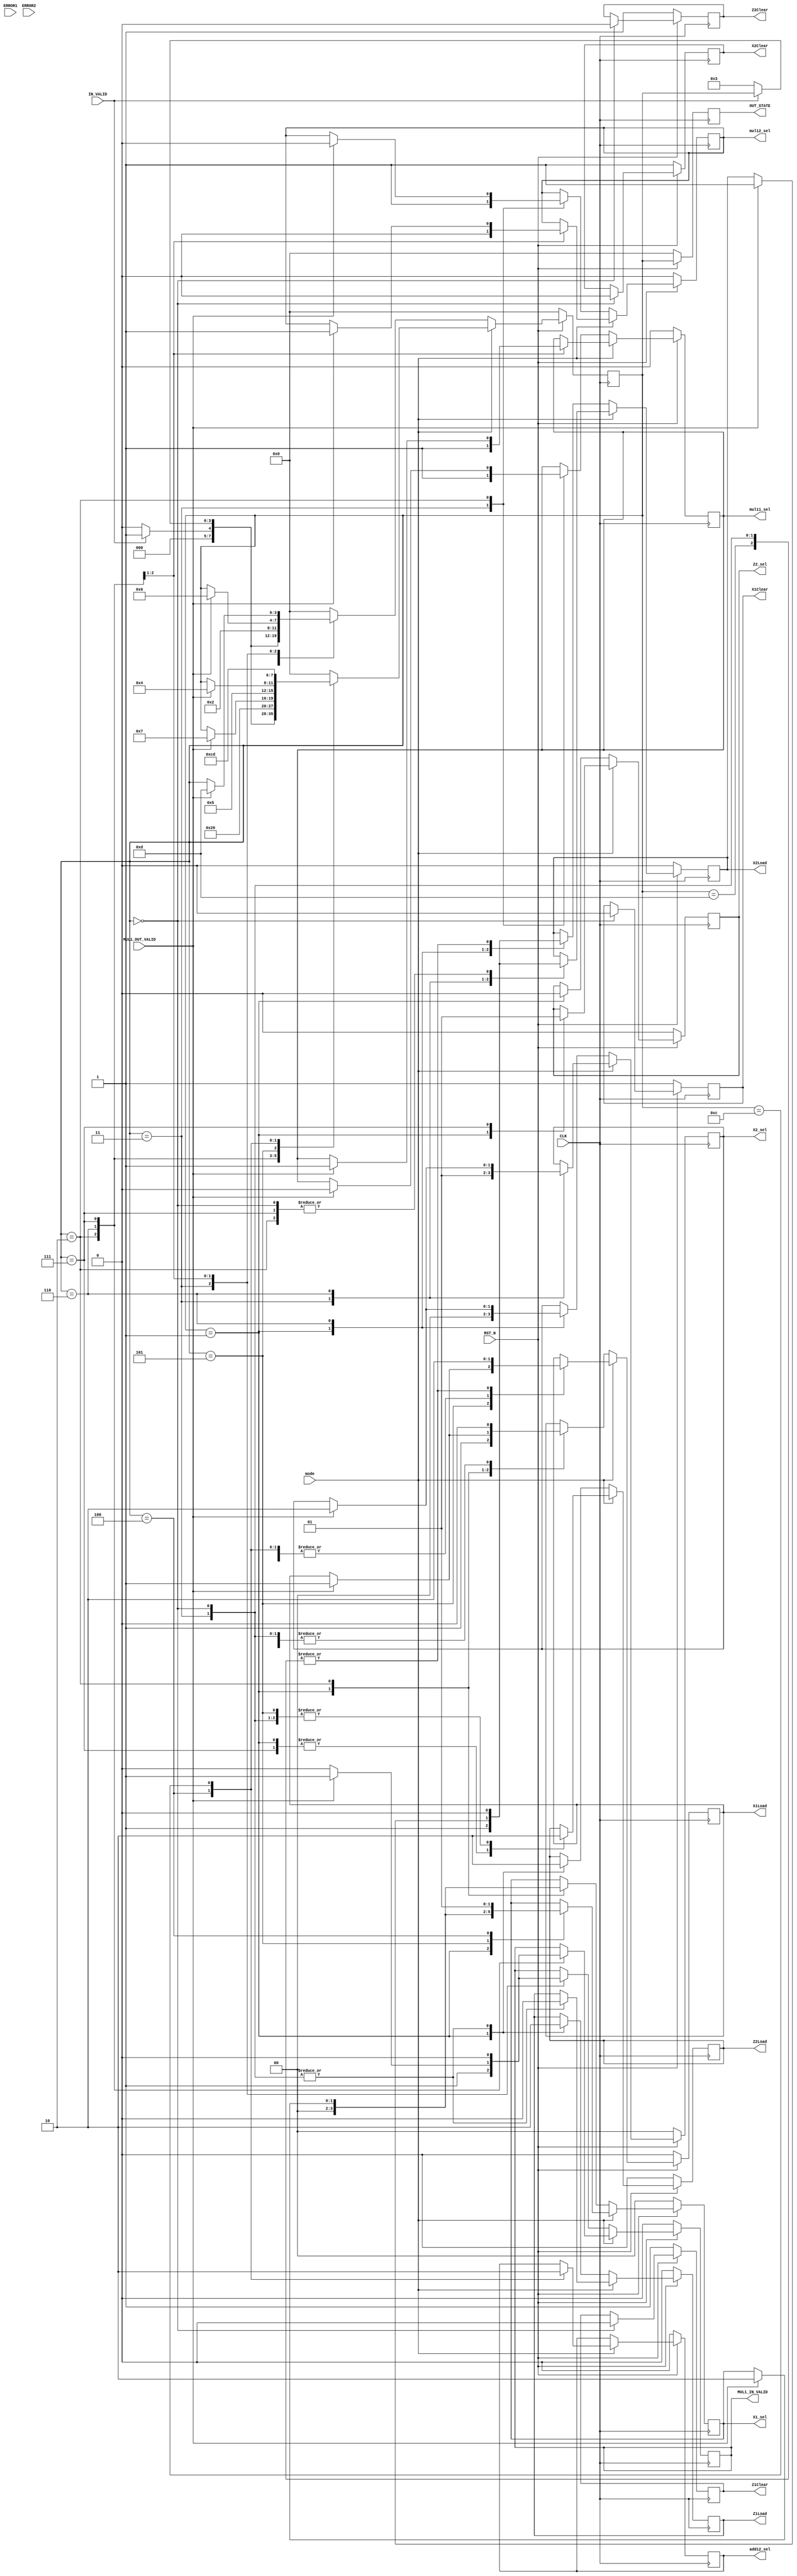
`timescale 1ns / 1ps 
//////////////////////////////////////////////////////////////////////////////////
// Company:
// Engineer:
//
// Design Name:
// Module Name:    PV_fsm
// Project Name:
// Target Devices:
// Tool versions:
// Description:
//
// Dependencies:
//
// Revision:
// Revision 0.01 - File Created
// Additional Comments:
//
//////////////////////////////////////////////////////////////////////////////////
module PV_fsm(
           CLK,
           RST_N,
           ERROR1,
           ERROR2,
           MUL1_OUT_VALID,
           mode,
           IN_VALID,
           mul11_sel,
           mul12_sel,
           add12_sel,
           X1_sel,
           X2_sel,
           Z2_sel,
           X1Clear,
           X1Load,
           X2Clear,
           X2Load,
           Z1Clear,
           Z1Load,
           Z2Clear,
           Z2Load,
           MUL1_IN_VALID,
           OUT_STATE
       );

parameter
    IDLE = 4'b0000,
    INIT = 4'b0001,
    START = 4'b0011,
    S1 = 4'b0010,
    S2 = 4'b0110,
    S3 = 4'b0111,
    S4 = 4'b0101,
    S5 = 4'b0100,
    S6 = 4'b1100,
    OUTPUT = 4'b1101;

input CLK;
input RST_N;

input ERROR1, ERROR2;
input IN_VALID;
input MUL1_OUT_VALID;
input mode;

output reg mul11_sel;
output reg mul12_sel;
output reg add12_sel;
output reg [1: 0] X1_sel;
output reg [1: 0] X2_sel;
output reg Z2_sel;

output reg X1Clear;
output reg X1Load;
output reg X2Clear;
output reg X2Load;
output reg Z1Clear;
output reg Z1Load;
output reg Z2Clear;
output reg Z2Load;

output reg MUL1_IN_VALID;

output reg [3: 0] OUT_STATE;

reg [3: 0] state;

always @(posedge CLK) begin
    if (!RST_N) begin

        X1Clear <= 1;
        X1Load <= 0;

        Z1Clear <= 1;
        Z1Load <= 0;

        X2Clear <= 1;
        X2Load <= 0;

        Z2Clear <= 1;
        Z2Load <= 0;

		MUL1_IN_VALID<=0;

        mul11_sel<=0;
        mul12_sel<=0;
        add12_sel<=0;
        X1_sel<=0;
        X2_sel<=0;
        Z2_sel<=0;

        OUT_STATE <= 0;
        state <= 0;

    end
    else begin
        OUT_STATE <= state;

        //Pv+P2=2*P2
        if (mode == 0) begin
            case (state)
                IDLE: begin
                    X1Clear <= 0;
                    Z1Clear <= 0;
                    X2Clear <= 0;
                    Z2Clear <= 0;

                    X1Load <= 0;
                    Z1Load <= 0;
                    X2Load <= 0;
                    Z2Load <= 0;

                    if (IN_VALID) begin
                        state <= INIT;
                    end
                    else begin
                        state <= IDLE;
                    end
                end
                INIT: begin
                    X1Load <= 1;
                    Z1Load <= 1;
                    X2Load <= 1;
                    Z2Load <= 1;
                    X1_sel <= 0;
                    X2_sel <= 0;
                    Z2_sel <= 0;

                    if (!IN_VALID) begin
                        state <= START;
                    end
                end
                START: begin
                    X1Load <= 0;
                    Z1Load <= 0;
                    X2Load <= 0;
                    Z2Load <= 0;
                    MUL1_IN_VALID <= 1;
                    
                    mul11_sel <= 1;
                    mul12_sel <= 1;
                    state<=S1;
                    $display($time, "PV MUL START\n");
                end
                S1: begin
                    MUL1_IN_VALID <= 0;
                    
                    if (MUL1_OUT_VALID == 1) begin
                       
                        X1Load<=1;
                        X1_sel<=2'b10;

                        MUL1_IN_VALID <= 1;
                        mul11_sel <= 0;
                        mul12_sel <= 0;
                        state <= S2;
                    end
                end
                S2: begin
                    X1Load<=0;
                    MUL1_IN_VALID <= 0;
                    if (MUL1_OUT_VALID == 1) begin
                        X2Load<=1;
                        X2_sel<=2'b10;
                        state <= OUTPUT;
                    end
                end
                OUTPUT: begin
                    X2Load<=0;
                	$display($time, "PV module state=OUTPUT\n");
                    state <= IDLE;
                end
                default: begin
                    state <= IDLE;
                end
            endcase
        end
        else begin
            case (state)
                IDLE: begin
                    X1Clear <= 0;
                    Z1Clear <= 0;
                    X2Clear <= 0;
                    Z2Clear <= 0;

                    X1Load <= 0;
                    Z1Load <= 0;
                    X2Load <= 0;
                    Z2Load <= 0;

                    if (IN_VALID) begin
                        state <= INIT;
                    end
                    else begin
                        state <= IDLE;
                    end
                end
                INIT: begin
                    X1Load <= 1;
                    Z2Load <= 1;
                    X1_sel <= 0;
                    Z2_sel <= 0;
                    if (!IN_VALID) begin
                        state <= START;
                    end
                end
                START: begin
                    $display("start PV\n");
                    //X2=X1^2
                    X1Load <= 0;
                    Z1Load <= 0;
                    Z2Load <= 0;
                    X2_sel <= 2'b01;
                    X2Load <= 1;
                    state <= S1;
                end
                S1: begin
                    //X1=X1*Z2 
                    X2Load <= 0;
                    MUL1_IN_VALID <= 1;
                    mul11_sel <= 1;
                    mul12_sel <= 0;
                    state<=S2;
                end
                S2: begin
                    MUL1_IN_VALID <= 0;
                    if (MUL1_OUT_VALID == 1) begin
                        X2Load<=1;
                        X2_sel<=2'b10;
                        MUL1_IN_VALID <= 1;
                        mul11_sel <= 1;
                        mul12_sel <= 1;
                        state <= S3;
                    end
                end
                S3: begin
                    X2Load <= 0;
                    MUL1_IN_VALID <= 0;
                    
                    //Z2=Z2^2
                    Z2Load <= 1;
                    Z2_sel <= 1;

                    state<=S4;
                end
                S4: begin
                    Z2Load <= 0;
                    
                    if (MUL1_OUT_VALID == 1) begin
                        X1Load<=1;
                        X1_sel<=2'b10;
                        state <= S5;
                    end
                end
                S5: begin
                    X1Load<=1;
                    X1_sel <= 2'b01;
                    add12_sel <= 1;

                    state <= S6;
                end
                S6: begin
                    X1Load <= 1;
                    add12_sel <= 0;
                    state <= OUTPUT;
                end
                OUTPUT: begin
                    X1Load <= 0;
                    state <= IDLE;
                end
                default: begin
                    state <= IDLE;
                end
            endcase
        end

    end
end
endmodule